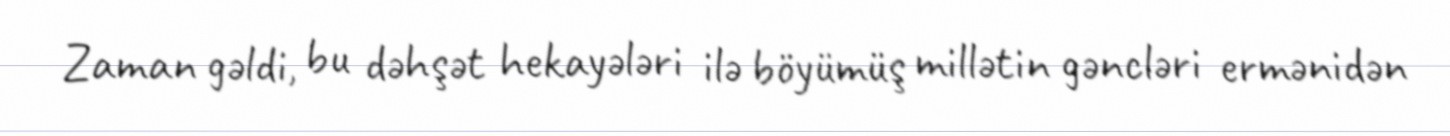
Zaman gəldi, bu dəhşət hekayələri ilə böyümüş millətin gəncləri ermənidən